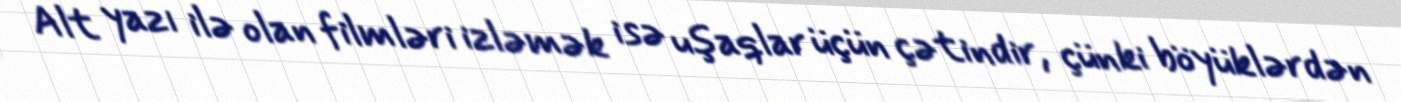
Alt yazı ilə olan filmləri izləmək isə uşaqlar üçün çətindir, çünki böyüklərdən